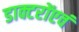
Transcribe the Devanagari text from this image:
डाक्टरोंएवं